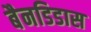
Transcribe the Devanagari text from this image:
बैनडिडास